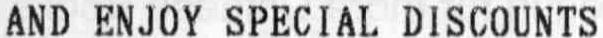
AND ENJOY SPECIAL DISCOUNTS